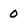
Character: 0